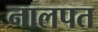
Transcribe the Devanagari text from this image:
नालपत